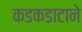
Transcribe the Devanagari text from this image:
कडकडाटाने